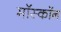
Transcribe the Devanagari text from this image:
मॉस्कॉन